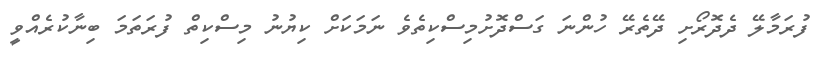
ފުރަމާލޭ ދެދޮރޯށި ދޭތެރޭ ހުންނަ ގަސްދޮށުމިސްކިތެވެ ނަމަކަށް ކިޔުނު މިސްކިތް ފުރަތަމަ ބިނާކުރެއްވީ